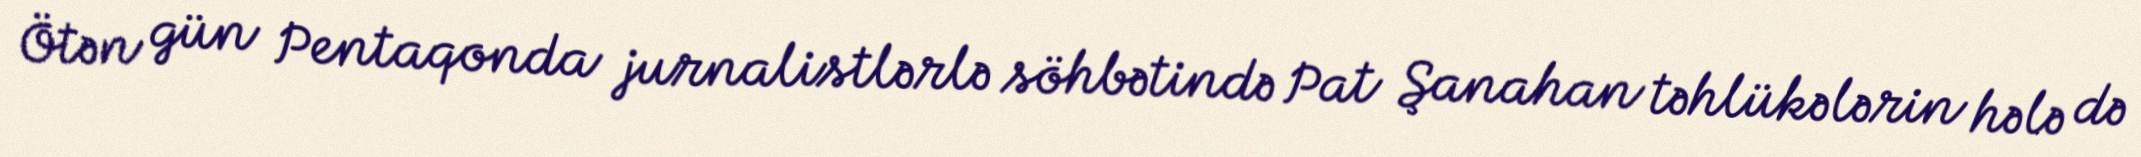
Ötən gün Pentaqonda jurnalistlərlə söhbətində Pat Şanahan təhlükələrin hələ də